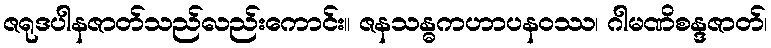
ဇရုဒပါနဇာတ်သည်လည်းကောင်း။ ဇနသန္ဓကဟာပနဝဿ၊ ဂါမဏိစန္ဒဇာတ်၊